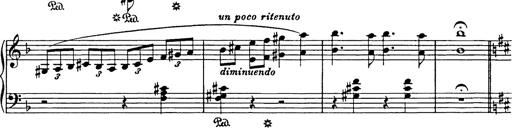
Title: Hungarian Rhapsody No.17
Composer: Franz Liszt
Key: D minor